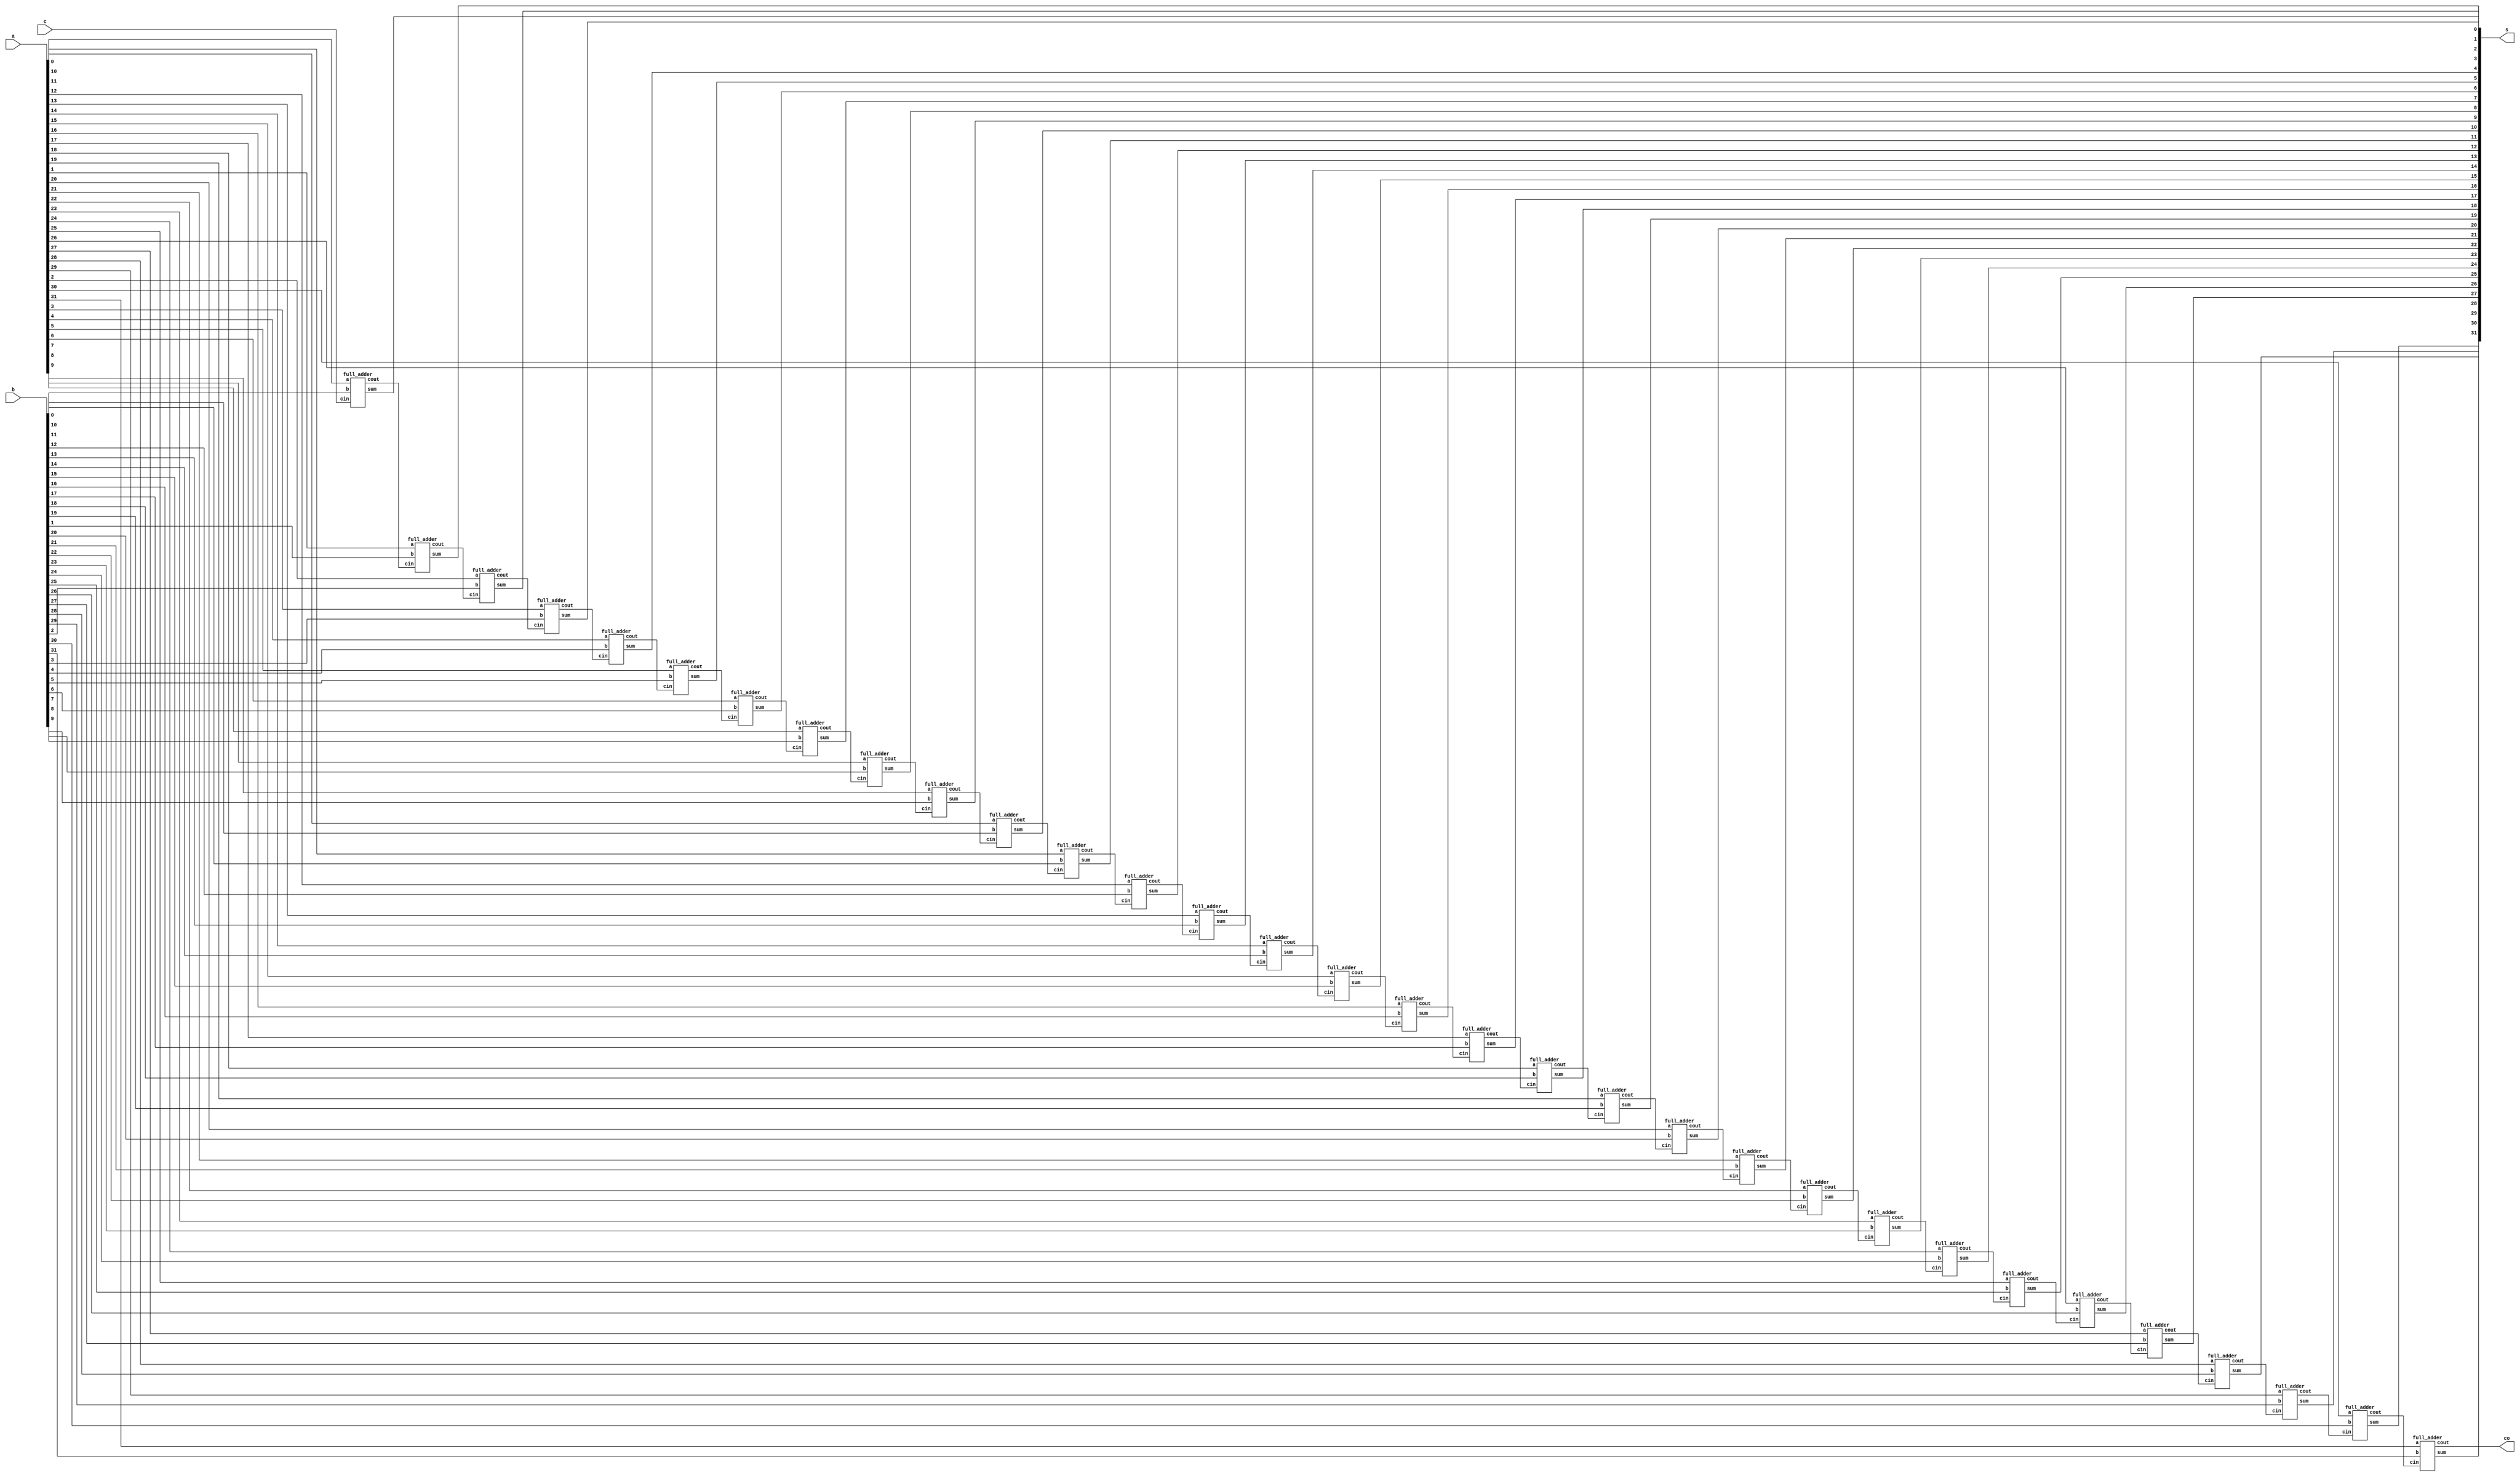
// create an n bit adder using generate statement 

module n_bit_adder #(parameter N = 32)(a,b,c,s,co);

    input[N-1:0] a,b;
    input c;
    output[N-1:0] s;
    output co;
    genvar i;
    wire c_int[N:0];
    assign c_int[0] = c;
    assign co = c_int[N];
    generate
        for(i = 0;i<N;i=i+1)begin:add_bit
            full_adder fa(a[i],b[i],c_int[i],c_int[i+1],s[i]);
        end

    endgenerate

endmodule


module full_adder(a,b,cin,cout,sum);
    input a,b,cin;
    output cout,sum;
    assign sum = a^b^cin;
    assign cout = (a&b)|(b&cin)|(cin&a);
endmodule